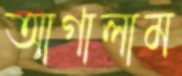
আগালাম